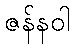
ဇန်နဝါ